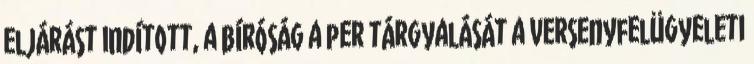
eljárást indított, a bíróság a per tárgyalását a versenyfelügyeleti